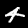
Digit: 4